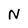
Character: N